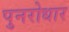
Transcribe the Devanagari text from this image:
पुनरोधार